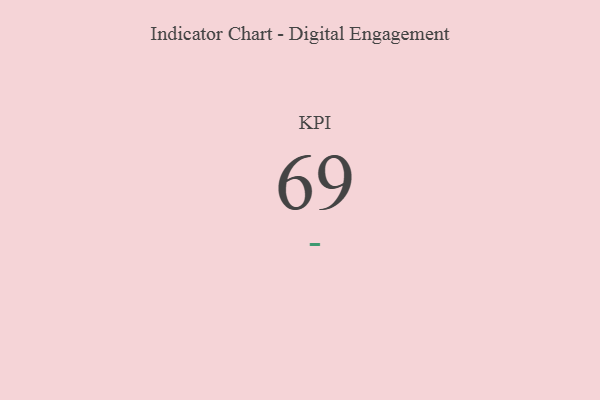
{"axis": {"x": "KPI", "y": "Value"}, "legend": [""], "data": [{"x": "KPI", "y": 69, "type": ""}]}